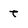
Character: t